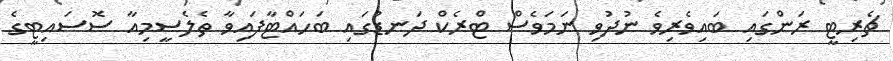
ޗެރިޓީ ރަންގައި ބައިވެރިވެ ނުދުވި ނަމަވެސް ޓްރެކް ދަނޑުގައި ބަހައްޓާފައިވާ ތެލެސީމިއާ ސޮސައިޓީގެ